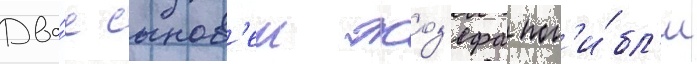
Дво́е сынов'еи жоз'ефа пог'и́бл'и